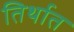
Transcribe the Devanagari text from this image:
तिर्थात